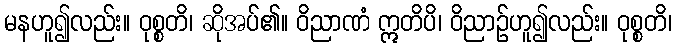
မနဟူ၍လည်း။ ဝုစ္စတိ၊ ဆိုအပ်၏။ ဝိညာဏံ ဣတိပိ၊ ဝိညာဉ်ဟူ၍လည်း။ ဝုစ္စတိ၊